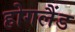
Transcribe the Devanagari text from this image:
होगलैंड